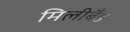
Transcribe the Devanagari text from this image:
मिलीबैंड